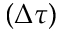
( \Delta \tau )